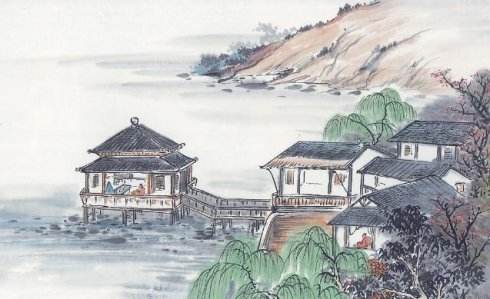
春城无处不飞花，寒食东风御柳斜。